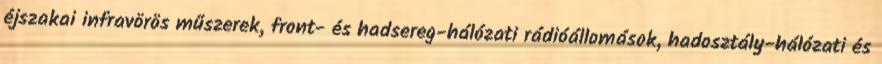
éjszakai infravörös műszerek, front- és hadsereg-hálózati rádióállomások, hadosztály-hálózati és